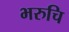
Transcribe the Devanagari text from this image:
भरुचि